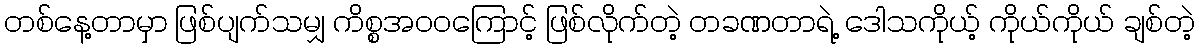
တစ်နေ့တာမှာ ဖြစ်ပျက်သမျှ ကိစ္စအဝဝကြောင့် ဖြစ်လိုက်တဲ့ တခဏတာရဲ့ ဒေါသကိုယ့် ကိုယ်ကိုယ် ချစ်တဲ့